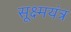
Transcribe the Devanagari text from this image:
सूक्ष्मयंत्र